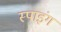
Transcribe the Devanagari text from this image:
स्पाइंग